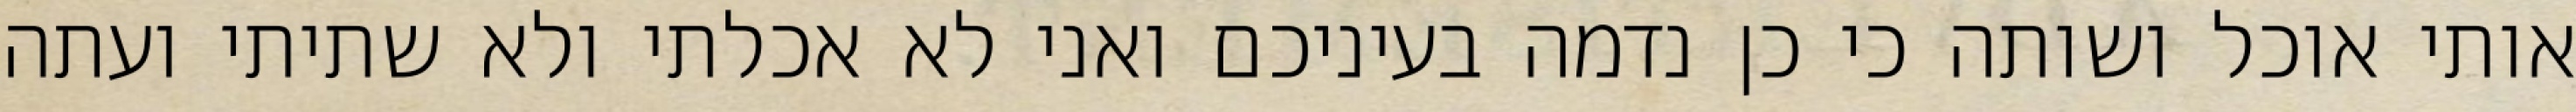
אותי אוכל ושותה כי כן נדמה בעיניכם ואני לא אכלתי ולא שתיתי ועתה